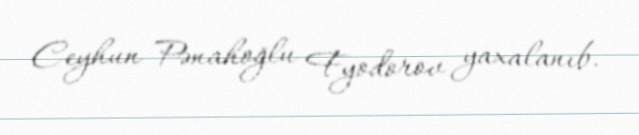
Ceyhun Pənahoğlu Fyodorov yaxalanıb.